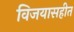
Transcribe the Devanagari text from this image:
विजयासहीत